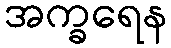
အက္ခရေန